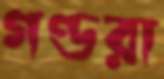
গণ্ডরা